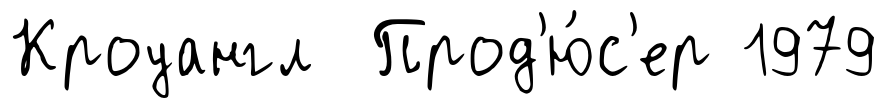
Кроуангл Прод'ю́с'ер 1979